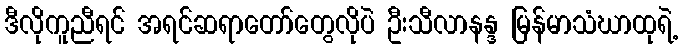
ဒီလိုကူညီရင် အရင်ဆရာတော်တွေလိုပဲ ဦးသီလာနန္ဒ မြန်မာသံဃာထုရဲ့